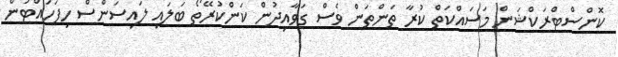
ކޮންސްޓްރަކްޝަން މަސައްކަތް ކުރާ ތަންތަން ވެސް ގަވާއިދުން ކަންކުރޭތޯ ބަލައި ލައިސަންސް ހިފަހައްޓަން